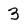
Character: 3